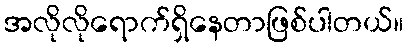
အလိုလိုရောက်ရှိနေတာဖြစ်ပါတယ်။